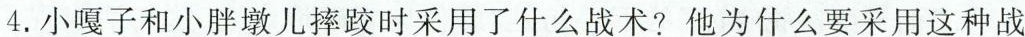
4. 小嘎子和小胖墩儿摔跤时采用了什么战术? 他为什么要采用这种战